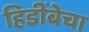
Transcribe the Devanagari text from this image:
हिडींबेचा